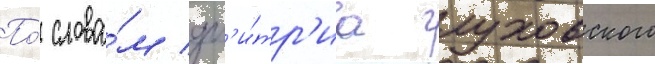
По́ слова́м дм'и́тр'иа глуховского